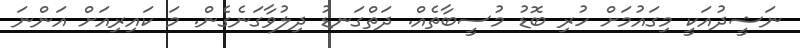
ނަޝީދުއަކީ މިގައުމަށް ހުރި ބޮޑު މުސީބާތެއް. ދަތްގަނޑު ދިލުވާގަނެގެން. މަ ކައިރިއަށް އަންނަ